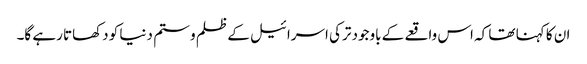
ان کا کہنا تھا کہ اس واقعے کے باوجود ترکی اسرائیل کے ظلم و ستم دنیا کو دکھاتا رہے گا۔